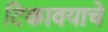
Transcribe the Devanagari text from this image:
टिकावयाचे